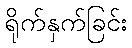
ရိုက်နှက်ခြင်း